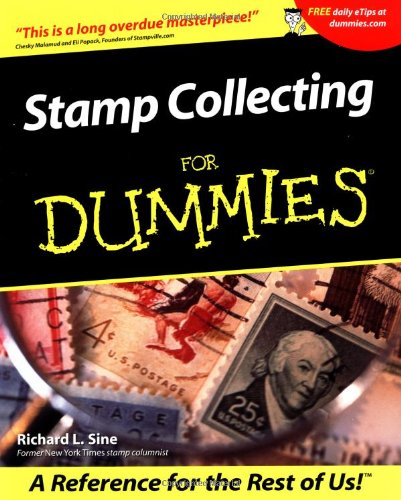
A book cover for Stamp Collecting For Dummies; Richard L. Sine; Crafts, Hobbies & Home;